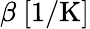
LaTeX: \beta\ [\mathrm{1/K}]